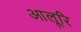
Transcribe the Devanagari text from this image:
आलूरि